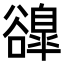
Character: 𧯌